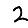
Digit: 2